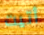
أتيت